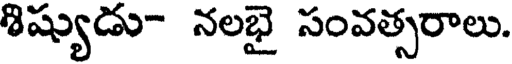
శిష్యుడు- నలభై సంవత్సరాలు.